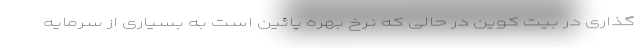
گذاری در بیت کوین در حالی که نرخ بهره پائین است به بسیاری از سرمایه